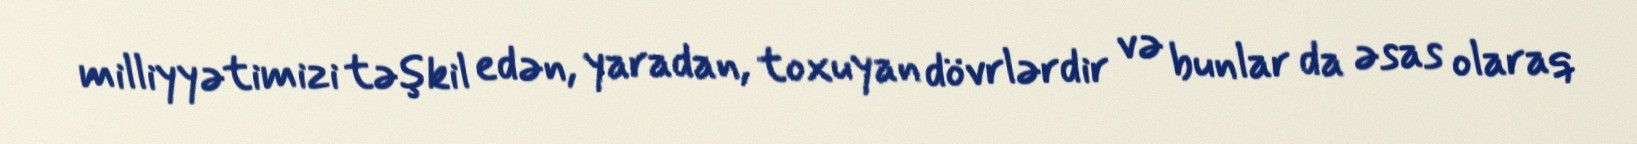
milliyyətimizi təşkil edən, yaradan, toxuyan dövrlərdir və bunlar da əsas olaraq